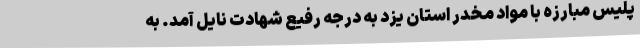
پلیس مبارزه با مواد مخدر استان یزد به درجه رفیع شهادت نایل آمد. به